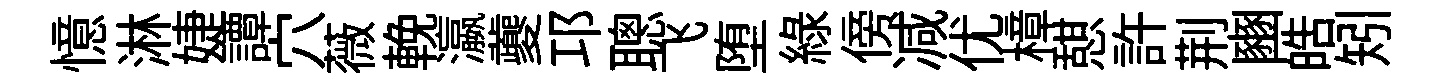
憶淋婕譚穴薇輓瀛夔邛聰飞堕緑傍减优樟憇許荆豳皓矧